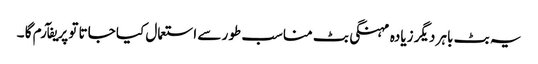
یہ بٹ باہر دیگر زیادہ مہنگی بٹ مناسب طور سے استعمال کیا جاتا تو پریفآرم گا ۔